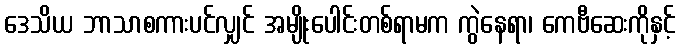
ဒေသိယ ဘာသာစကားပင်လျှင် အမျိုးပေါင်းတစ်ရာမက ကွဲနေရာ၊ ကေဗီဆေးကိုနှင့်